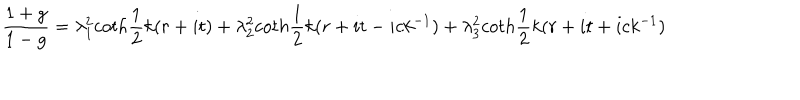
\frac { 1 + g } { 1 - g } = \lambda _ { 1 } ^ { 2 } c o t h \frac { 1 } { 2 } k ( r + i t ) + \lambda _ { 2 } ^ { 2 } c o t h \frac { 1 } { 2 } k ( r + i t - i c k ^ { - 1 } ) + \lambda _ { 3 } ^ { 2 } c o t h \frac { 1 } { 2 } k ( r + i t + i c k ^ { - 1 } )